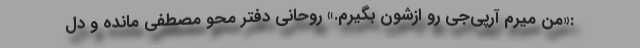
:«من میرم آرپی‌جی رو ازشون بگیرم.» روحانی دفتر محو مصطفی مانده و دل